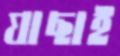
যাছাই